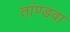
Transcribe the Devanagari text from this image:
तांण्डवा